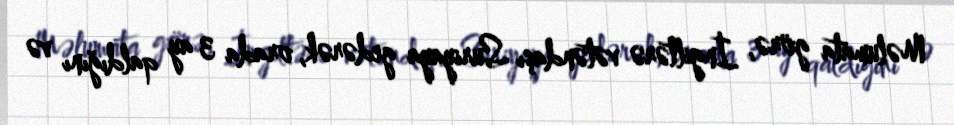
Məlumata görə, İngiltərə vətəndaşı Suriyaya gedərək, orada 3 ay qaldığını və